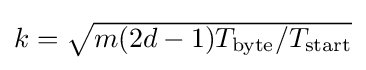
{\textstyle k={\sqrt {{m(2d-1)T_{\text{byte}}}/{T_{\text{start}}}}}}